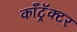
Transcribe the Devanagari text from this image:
काँट्रॅक्टर